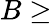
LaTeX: B\geq